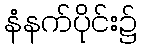
နံနက်ပိုင်း၌